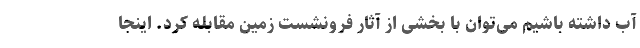
آب داشته باشیم می‌توان با بخشی از آثار فرونشست زمین مقابله کرد. اینجا